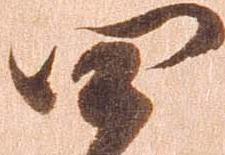
四